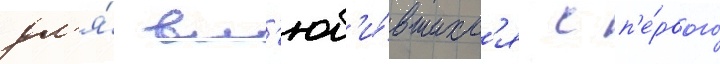
дл'я́ вл'юб'и́вшихс'я с п'е́рвого